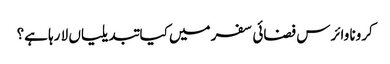
کرونا وائرس فضائی سفر میں کیا تبدیلیاں لا رہا ہے؟